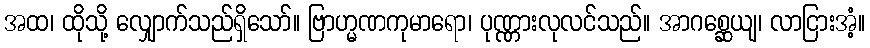
အထ၊ ထိုသို့ လျှောက်သည်ရှိသော်။ ဗြာဟ္မဏကုမာရော၊ ပုဏ္ဏားလုလင်သည်။ အာဂစ္ဆေယျ၊ လာငြားအံ့။